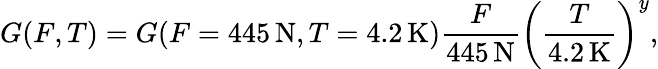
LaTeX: G(F,T)=G(F=445\, \mathrm{N},T=4.2\, \mathrm{K})\frac{F}{445\, \mathrm{N}}\left(\frac{T}{4.2\, \mathrm{K}}\right)^{y},